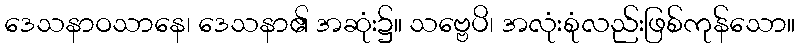
ဒေသနာဝသာနေ၊ ဒေသနာ၏ အဆုံး၌။ သဗ္ဗေပိ၊ အလုံးစုံလည်းဖြစ်ကုန်သော။